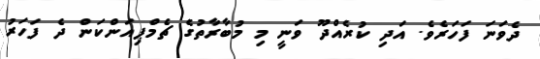
ދެވަނަ ފަހަރެވެ. އަދި ކުރެއްދޫ ވަނީ މި މުބާރާތުގެ ޗެމްޕިއަންކަން ދެ ފަހަރު